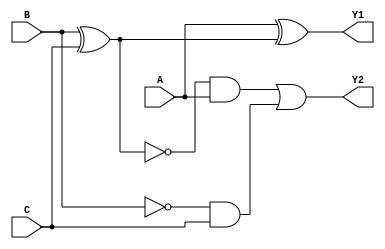
module full_subtractor(Y1,Y2,A,B,C);
output Y1;
output Y2;
input A,B,C;
wire W1,W2,W3,W4,W5;

assign W1 = B ^ C;
assign W2 = ~B;
assign W3 = W2 & C;
assign W4 = ~W1;
assign W5 = W4 & A;
assign Y1 = A ^ W1;
assign Y2 = W5 | W3;	

endmodule